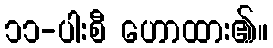
၁၁-ပါးစီ ဟောထား၏။